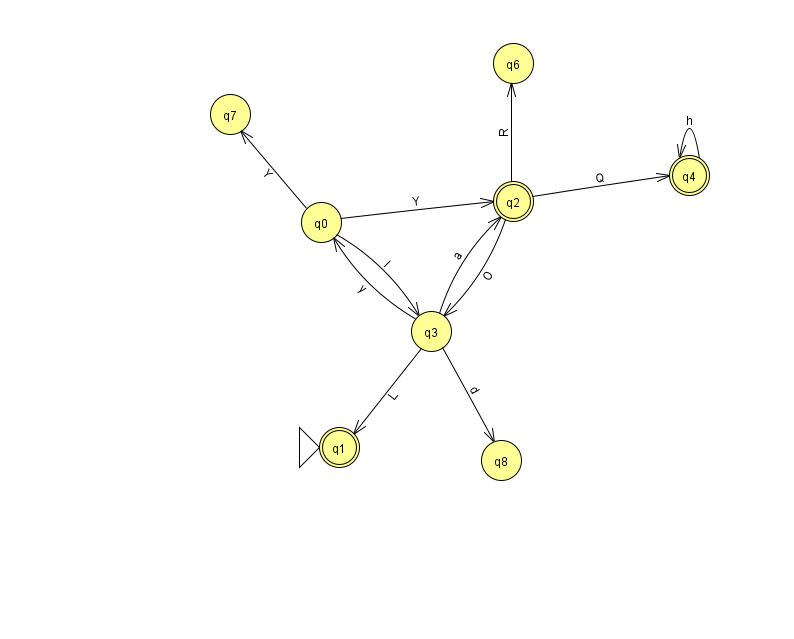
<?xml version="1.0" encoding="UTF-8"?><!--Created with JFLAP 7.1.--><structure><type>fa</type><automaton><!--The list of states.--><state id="0" name="q0"><x>321.0</x><y>209.0</y></state><state id="1" name="q1"><x>339.0</x><y>434.0</y><initial/><final/></state><state id="2" name="q2"><x>513.0</x><y>188.0</y><final/></state><state id="3" name="q3"><x>431.0</x><y>318.0</y></state><state id="4" name="q4"><x>689.0</x><y>162.0</y><final/></state><state id="6" name="q6"><x>513.0</x><y>50.0</y></state><state id="7" name="q7"><x>230.0</x><y>101.0</y></state><state id="8" name="q8"><x>501.0</x><y>447.0</y></state><!--The list of transitions.--><transition><from>0</from><to>2</to><read>Y</read></transition><transition><from>2</from><to>3</to><read>O</read></transition><transition><from>0</from><to>7</to><read>Y</read></transition><transition><from>2</from><to>4</to><read>Q</read></transition><transition><from>3</from><to>1</to><read>L</read></transition><transition><from>4</from><to>4</to><read>h</read></transition><transition><from>0</from><to>3</to><read>l</read></transition><transition><from>3</from><to>8</to><read>d</read></transition><transition><from>2</from><to>6</to><read>R</read></transition><transition><from>3</from><to>2</to><read>a</read></transition><transition><from>3</from><to>0</to><read>y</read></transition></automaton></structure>